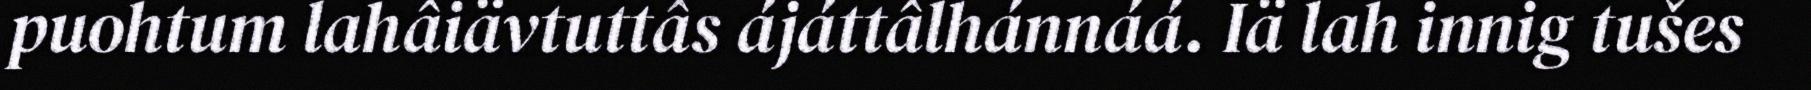
puohtum lahâiävtuttâs ájáttâlhánnáá. Iä lah innig tušes